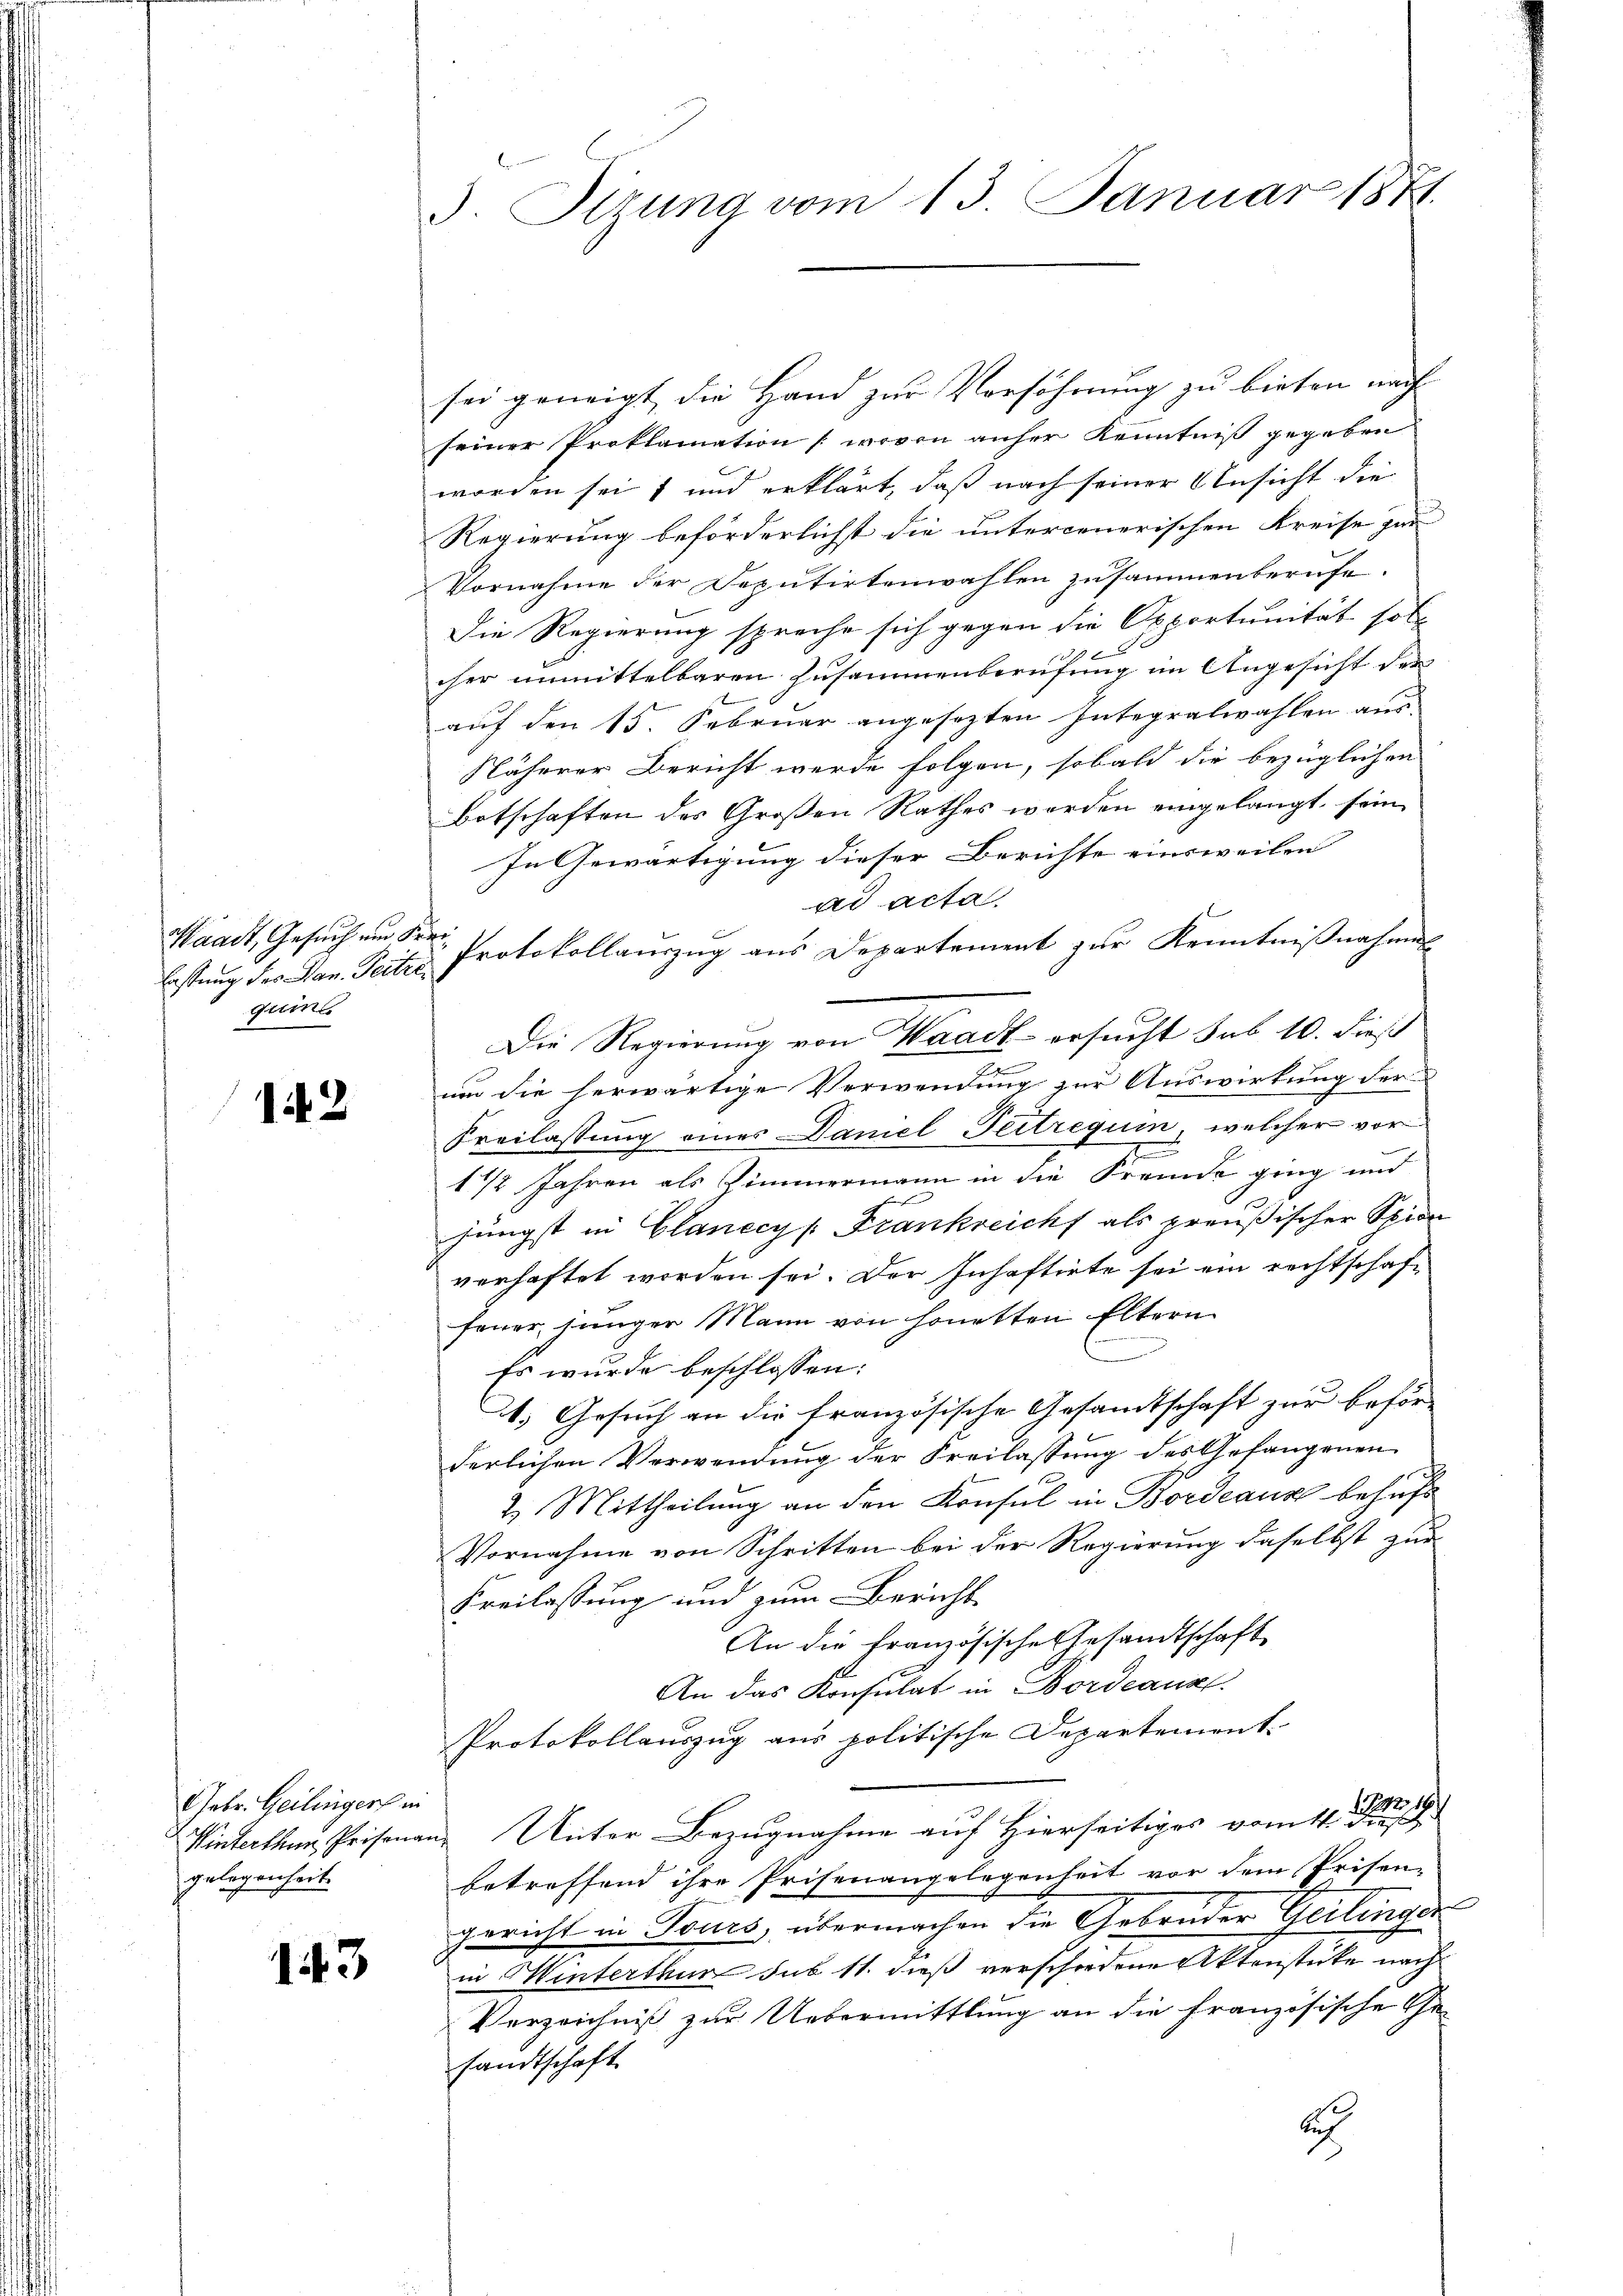
Waadt, Gesuch und Freigume

142

Gebr. Geilinger in
gelegenheit.

13

3. Sizung vom 13. Januar 1871.

sei geneigt, die Hand zur Versöhnung zu bieten nach |
seiner Proklamation (wovon anher Kenntniß gegeben.
worden seit und erklärt, daß nach seiner Ansicht die
Regierung beförderlichst die untercenerischen Kreise zur
Vornahme der Deputirtenwahlen zusammenberufe.
Die Regierung spreche sich gegen die Opportunität soll
cher unmittelbaren Zusammenberufung im Angesicht der
B
auf den 15. Februar angesezten Integralwahlen aus-
Näherer Bericht werde folgen, sobald die bezüglichen
Botschaften des Großen Rathes werden eingelangt, sein
In Gewärtigung dieser Berichte einsweilen
ad acta
beistung der Jan. Seiten Protokollauszug aus Departement zur Kenntnißnahmen
Die Regierung von Waadt ersucht sub 10. dieß
u
um die herwärtige Verwendung zur Auswirkung der
Freilassung eines Damel-Feitreguin, welcher vor¬
1 1/2 Jahren als Zimmermann in die Fremde ging und
jüngst in Glanccys Frankreichs als preußischer Spion
verhaftet worden sei. Der Inhaftirte sei ein rechtschaffeuer jünger Mann von honetten Eltern
Es wurde beschlossen:
1. Gesuch an die französische Gesamtschaft zur beför-
derlichen Verwendung der Freilassung des Gefangenen
2. Mittheilung an den Konsul in Bordeaux behufs
Vornahme von Schritten bei der Regierung daselbst zur
Freilassung und zum Bericht
An die französische Gesandtschaft
An das Konsulat in Bordeaus
Protokollauszug aus politische Departement.
Winterthan Preisenan Unter Bezugnahme auf Hierseitiges vom 11. Der
betreffend ihre Prisenangelegenheit vor dem Prisen-
gericht in Tours, übermachen die Gebrüder Geilinger
in Hinterthur sub 11. dieß verschiedene Aktenstücke nach
Verzeichniß zur Uebermittlung an die französische Gesandtschaft
u